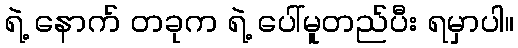
ရဲ့ နောက် တခုက ရဲ့ ပေါ်မူတည်ပီး ရမှာပါ။